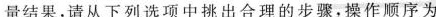
量结果，请从下列选项中挑出合理的步骤，操作顺序为